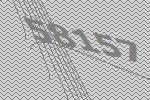
58157